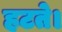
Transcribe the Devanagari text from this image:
हटते।